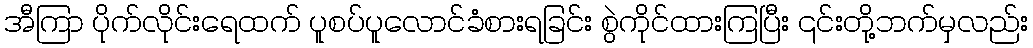
အီကြာ ပိုက်လိုင်းရေထက် ပူစပ်ပူလောင်ခံစားရခြင်း စွဲကိုင်ထားကြပြီး ၎င်းတို့ဘက်မှလည်း